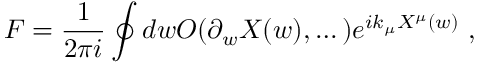
F = \frac { 1 } { 2 \pi i } \oint d w O ( \partial _ { w } X ( w ) , \dots ) e ^ { i k _ { \mu } X ^ { \mu } ( w ) } \ ,